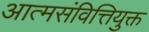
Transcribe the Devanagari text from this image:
आत्मसंवित्तियुक्त